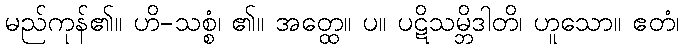
မည်ကုန်၏။ ဟိ-သစ္စံ၊ ၏။ အတ္ထေ။ ပ။ ပဋိသမ္ဘိဒါတိ၊ ဟူသော။ ဧတံ၊